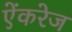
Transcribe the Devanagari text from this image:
ऐंकरेज